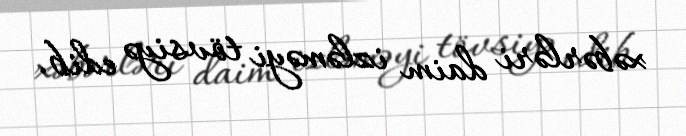
xəbərləri daim izləməyi tövsiyə edib.